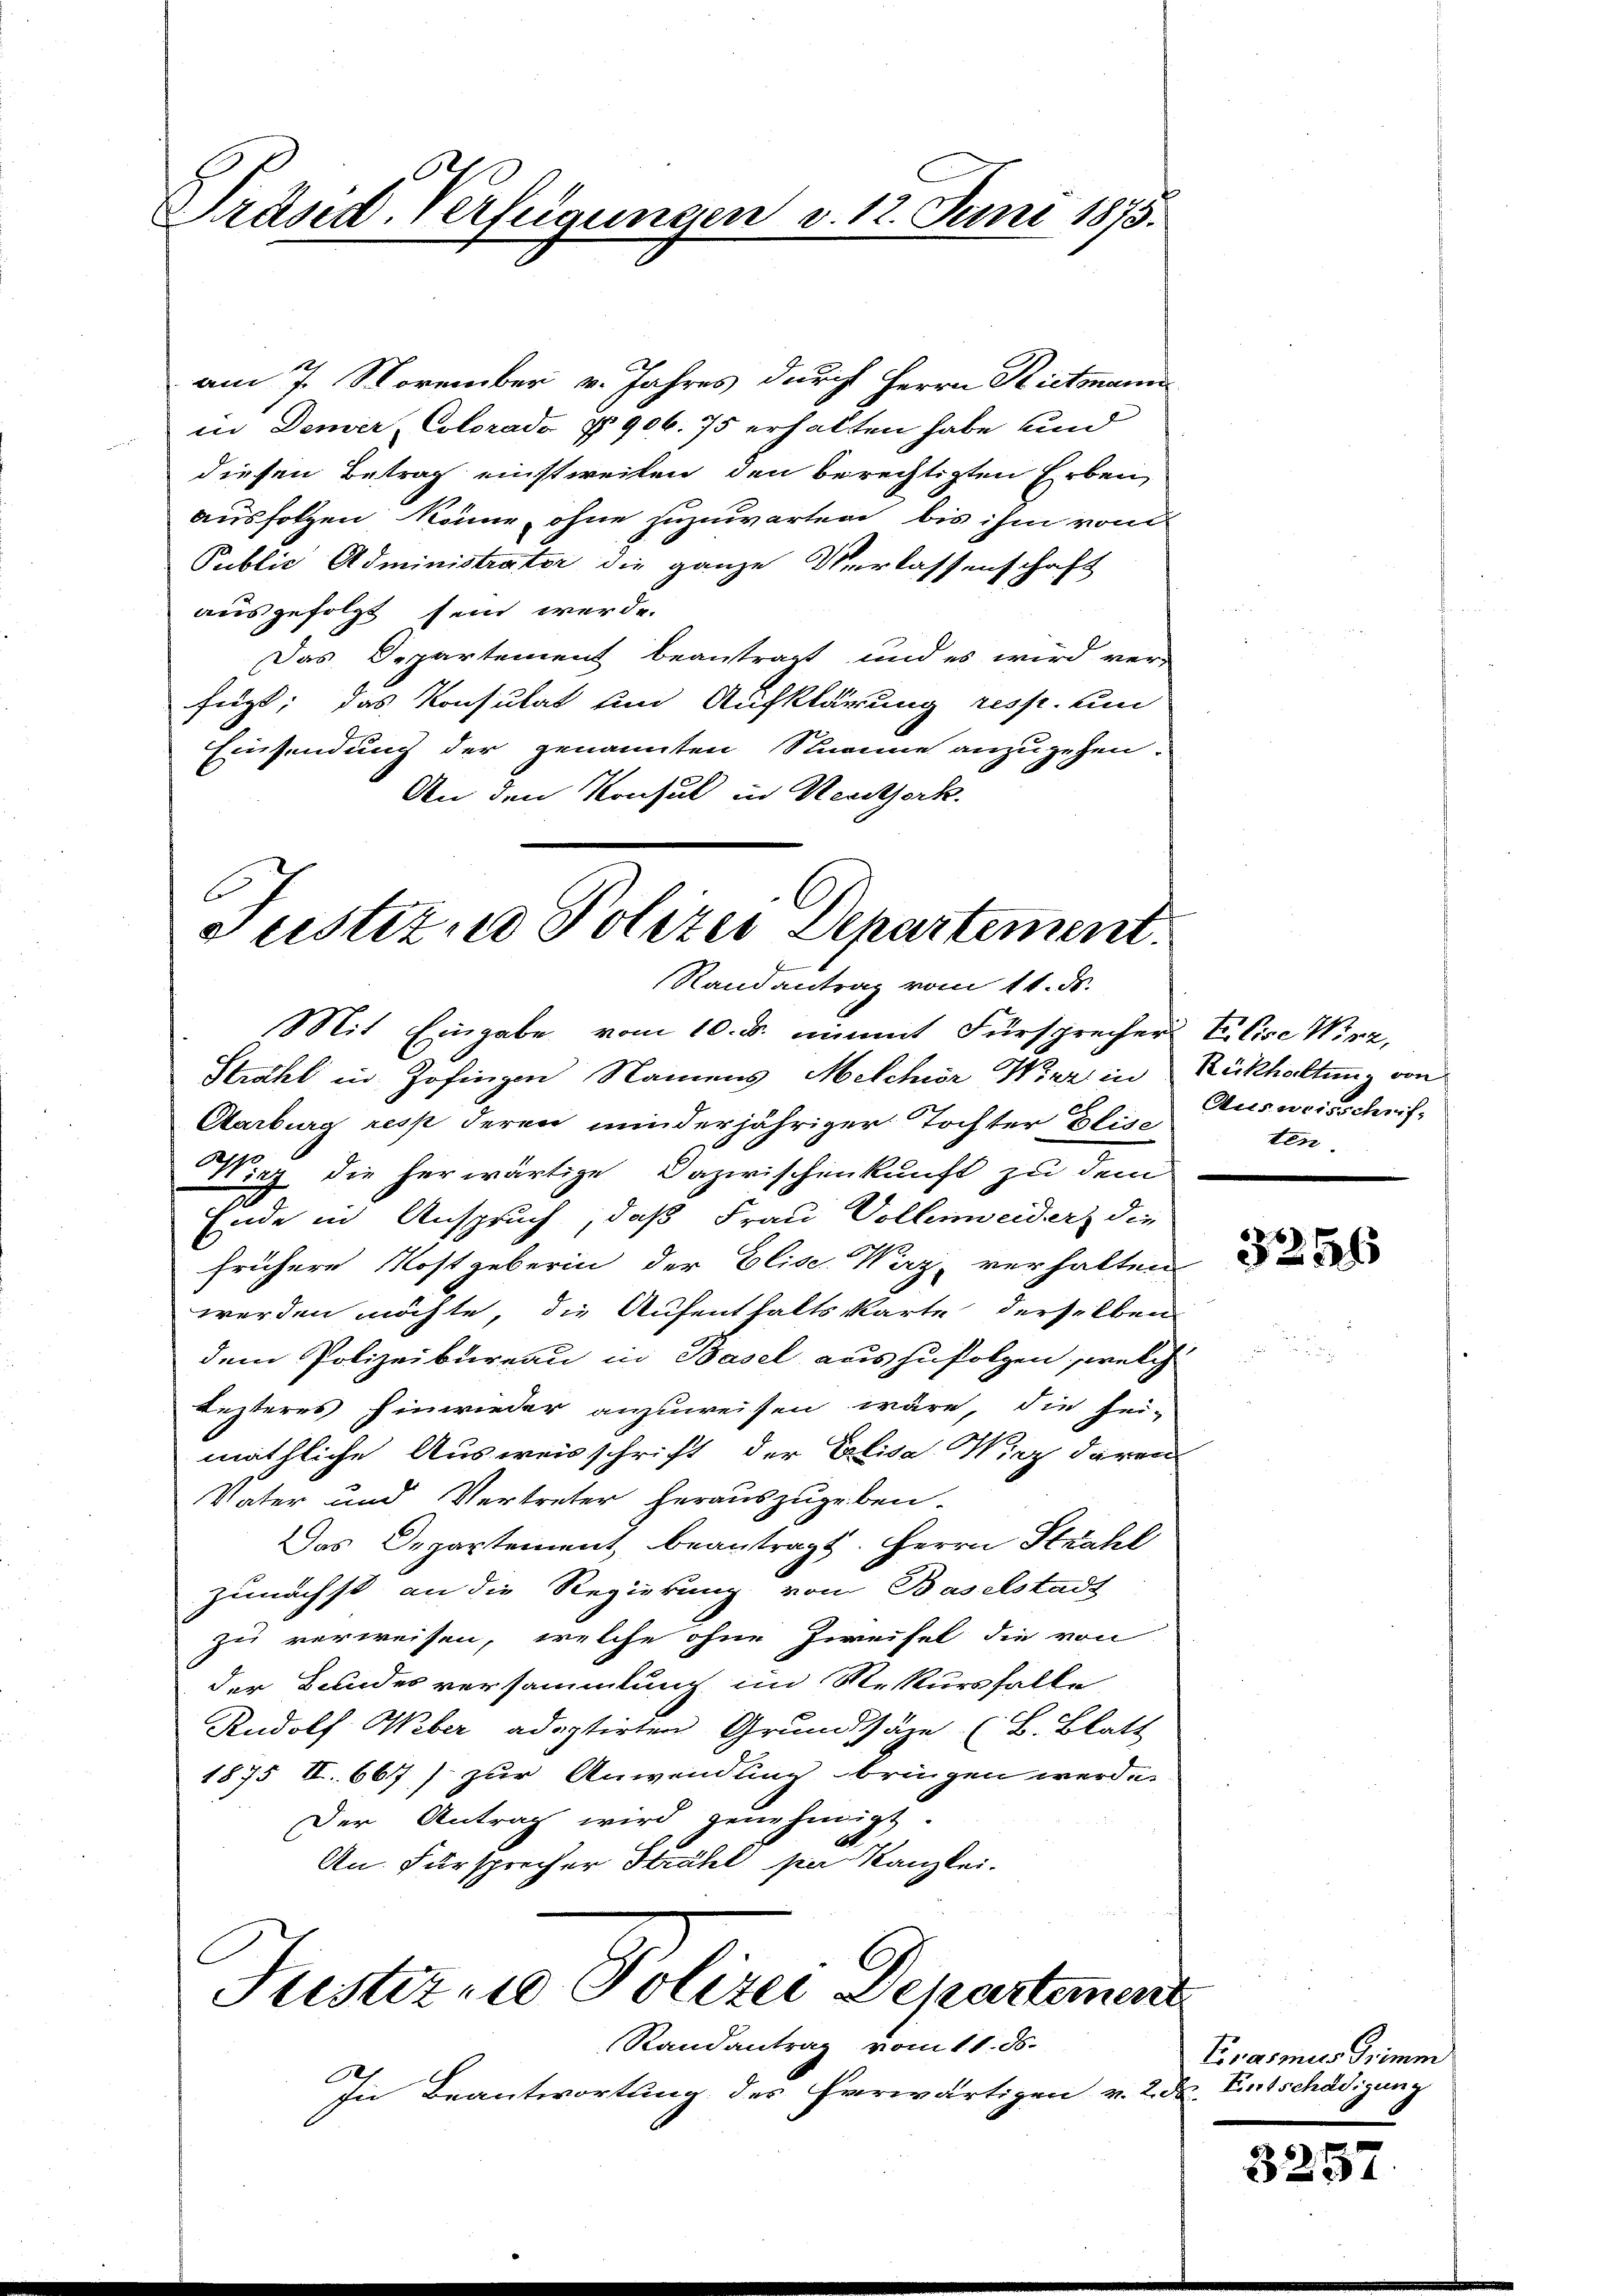
Präsid. Verfügungen v. 12. Juni 1875.

am 7. November v. Jahres durch Herrn Rietmann
in Deuer Colorado § 906. 75 erhalten habe, und
diesen Betrag einstweilen den berechtigten Erben,
ausfolgen könne, ohne zuzuwarten bis ihm von
Public Administrater die ganze Verlassenschaft
ausgefolgt sein werde.
Das Departement beantragt und es wird ver-
fegt; das Konsulat und Aufklärung resp. um
Einsendung der genannten Stumme anzugehen.
An den Konsul in Reuhserk

Justiz- u Polizei Departement.
Randantrag vom 11. ds.

Ausweisschriften.

Mit Eingabe vom 10. d. nimmt Fürsprecher Elise Wirz,
Strahl in Zofingen Namens Melchior Wier in Rickholten von
Aarburg resp deren minderjähriger Tochter Elise
Wirz die herwärtige Dazwischenkunft zu dem
Ende in Anspruch, daß Frau Vollenweider, die
frühere Kostgeberin der Elise Waz, verhalten
werden möchte, die Aufenthaltskarte derselben
dem Polizeibureau in Basel auszufolgen, welch
Lezteres hinwieder anzuweisen wäre, die hei-
mäthliche Ausweisschrift der Elisa Wirz daran
Vater und Vertreter herauszugeben.
Das Departement beantragt. Herrn Strahl
zunächst an die Regierung von Baselstadt
zu verweisen, welche ohne Zweifel die von
der Bundesversammlung im Rekursfalle
Rudolf Weber adoptirten Grundsäze (B. Blatt
1875 II. 667) zur Anwendung bringen werde.
Der Antrag wird genehmigt.
An. Fürsprecher Strahl par Kanzlei.
Justizen Polizei Departement
Randantrag vom 11. ds.
e
In Beantwortung des herwärtigen v. 2. d. Entschädigung

3256

Prasmus Grimm

3257